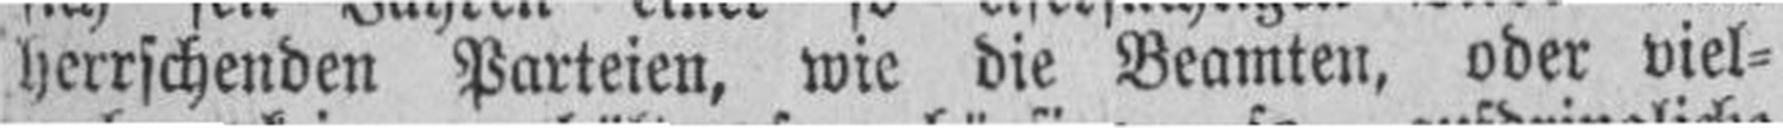
herrschenden Parteien, wie die Beamten, oder viel¬